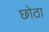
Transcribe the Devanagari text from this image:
छोठा